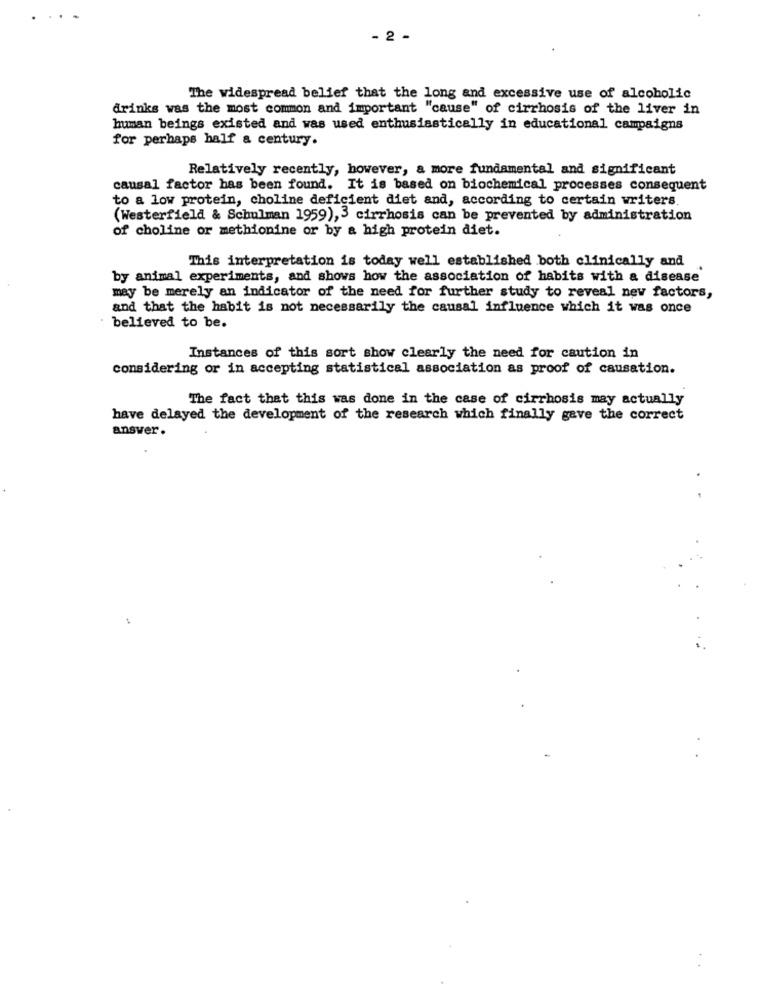
- 2 -
The widespread belief that the long and excessive use of alcoholic
drinks was the most common and important "cause" of cirrhosis of the liver in
human beings existed and was used enthusiastically in educational campaigns
for perhaps half a century.
Relatively recently, however, a more fundamental and significant
causal factor has been found. It is based on biochemical processes consequent
to a low protein, choline deficient diet and, according to certain writers
(Westerfield & Schulman 1959),3 cirrhosis can be prevented by administration
of choline or methionine or by a high protein diet.
This interpretation is today well established both clinically and
by animal experiments, and shows how the association of habits with a disease
may be merely an indicator of the need for further study to reveal new factors,
and that the habit is not necessarily the causal influence which it was once
believed to be.
Instances of this sort show clearly the need for caution in
considering or in accepting statistical association as proof of causation.
The fact that this was done in the case of cirrhosis may actually
have delayed the development of the research which finally gave the correct
answer.